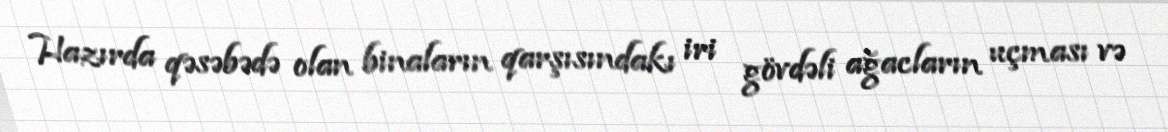
Hazırda qəsəbədə olan binaların qarşısındakı iri gövdəli ağacların uçması və